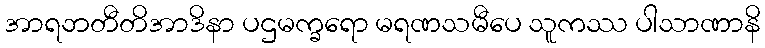
အာရဘတီတိအာဒိနာ ပဌမက္ခရော မရဏသမီပေ သူကဿ ပါသာဏာနိ